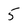
Character: 5